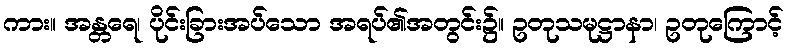
ကား။ အန္တရေ၊ ပိုင်းခြားအပ်သော အရပ်၏အတွင်း၌။ ဥတုသမုဋ္ဌာနာ၊ ဥတုကြောင့်